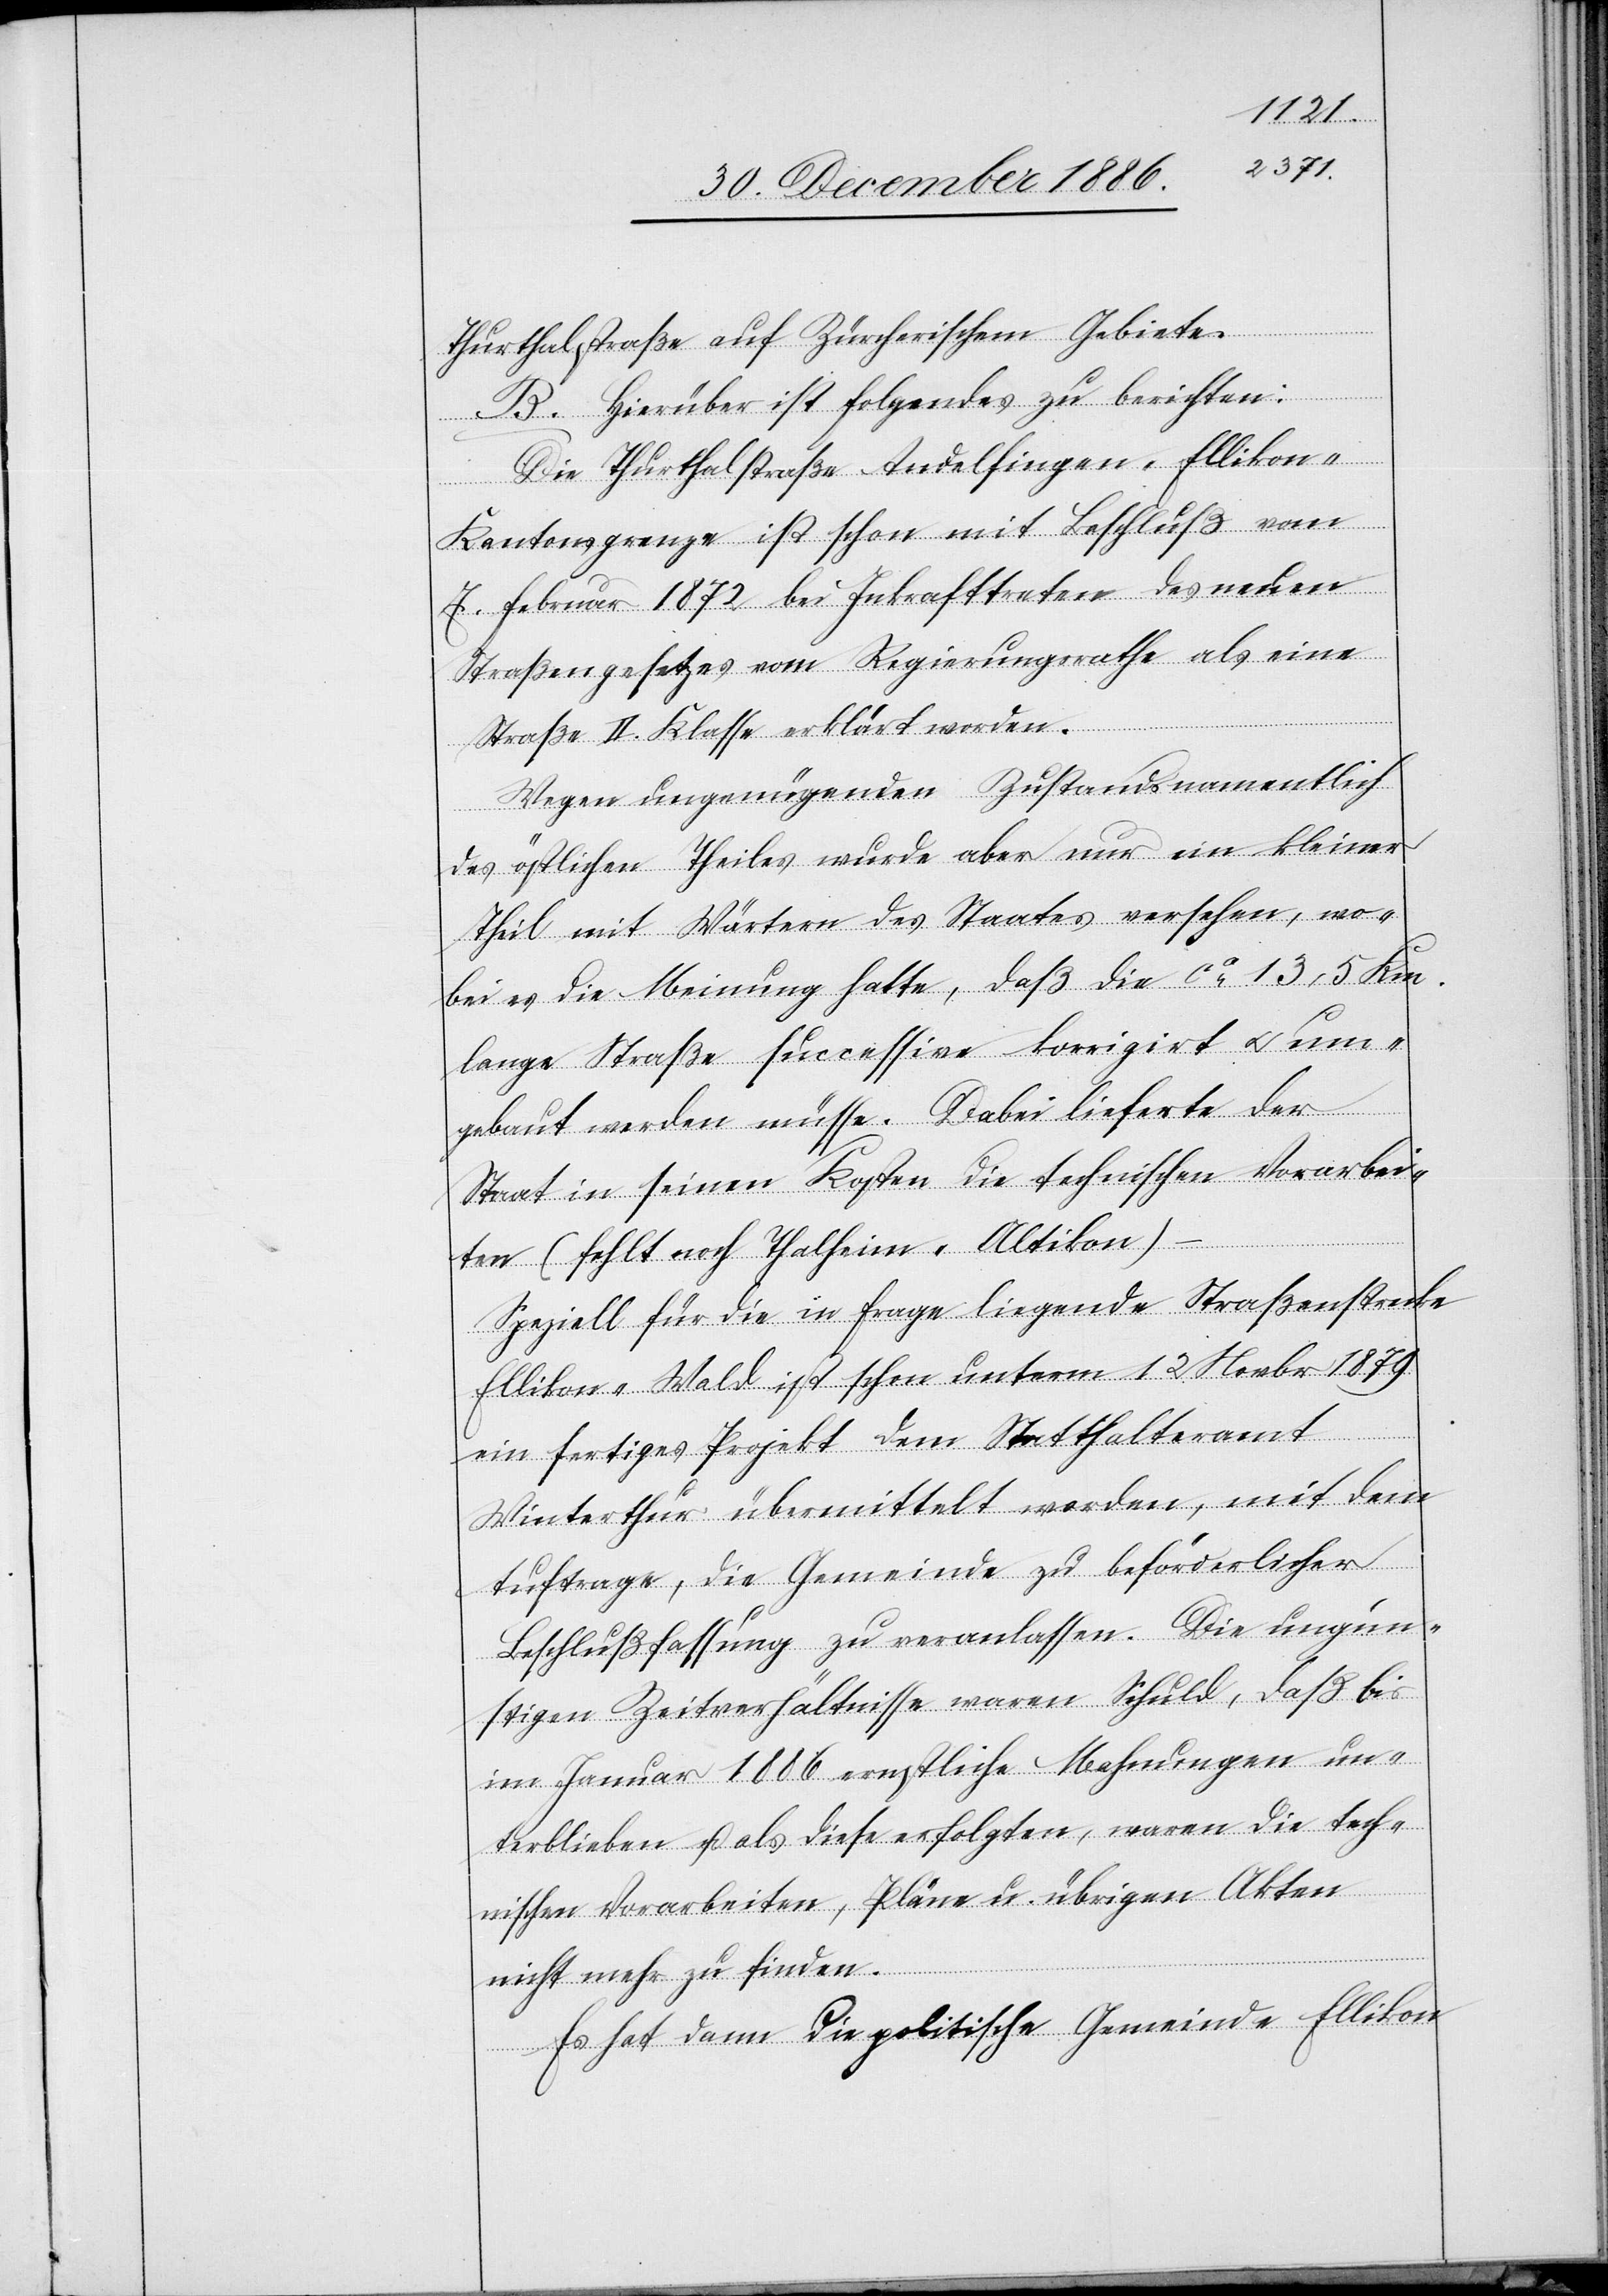
Thurthalstraße auf Zürcherischem Gebiete.
B. Hierüber ist Folgendes zu berichten:
Die Thurthalstraße Andelfingen–Elliko¬
n–Kantonsgrenze ist schon mit Beschluß vom
7. Februar 1872 bei Inkrafttreten des neuen
Straßengesetzes vom Regierungsrathe als eine
Straße II. Klasse erklärt worden.
Wegen ungenügenden Zustands namentlich
des östlichen Theiles wurde aber nur ein kleiner
Theil mit Wärtern des Staates versehen, wo¬
bei es die Meinung hatte, daß die ca 13,5 Km.
lange Straße successive korrigirt & um¬
gebaut werden müsse. Dabei lieferte der
Staat in seinen Kosten die technischen Vorarbei¬
ten (fehlt noch Thalheim-Altikon)
Speziell für die in Frage liegende Straßenstrecke
Ellikon–Wald ist schon unterm 12. Novbr. 1879
ein fertiges Projekt dem Statthalteramt
Winterthur übermittelt worden, mit dem
Auftrage, die Gemeinde zu beförderlicher
Beschlußfassung zu veranlassen. Die ungün¬
stigen Zeitverhältnisse waren Schuld, daß bis
im Januar 1886 ernstliche Mahnungen un¬
terblieben u. als diese erfolgten, waren die tech¬
nischen Vorarbeiten, Pläne u. übrigen Akten
nicht mehr zu finden.
Es hat dann die politische Gemeinde Ellikon